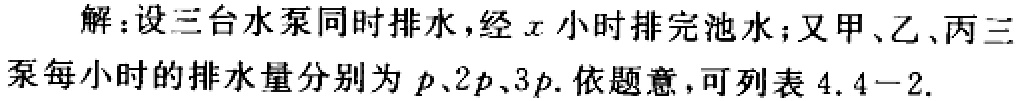
解：设三台水泵同时排水，经\(x\)小时排完池水；又甲、乙、丙三泵每小时的排水量分别为\(p\)、\(2p\)、\(3p\). 依题意，可列表 \(4.4 - 2\).